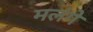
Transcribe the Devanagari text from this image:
मलंगे